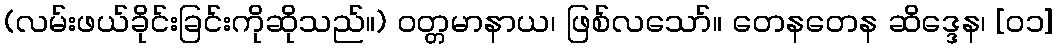
(လမ်းဖယ်ခိုင်းခြင်းကိုဆိုသည်။) ဝတ္တမာနာယ၊ ဖြစ်လသော်။ တေနတေန ဆိဒ္ဒေန၊ [၀၁]